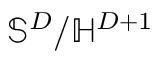
\mathbb { S } ^ { D } / \mathbb { H } ^ { D + 1 }